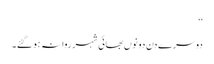
‘‘
دوسرے دن دونوں بھائی شہر روانہ ہو گئے۔